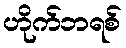
ဟိုက်ဘရစ်